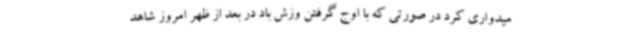
میدواری کرد در صورتی که با اوج گرفتن وزش باد در بعد از ظهر امروز شاهد